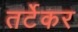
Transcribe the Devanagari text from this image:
तर्टेकर